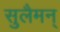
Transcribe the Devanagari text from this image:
सुलैमन्